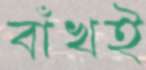
বাঁখই